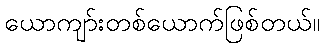
ယောကျာ်းတစ်ယောက်ဖြစ်တယ်။